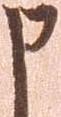
申